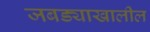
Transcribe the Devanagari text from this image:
जबड्याखालील